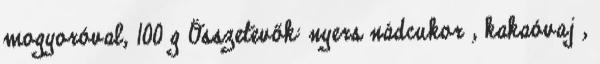
mogyoróval, 100 g Összetevők: nyers nádcukor , kakaóvaj ,